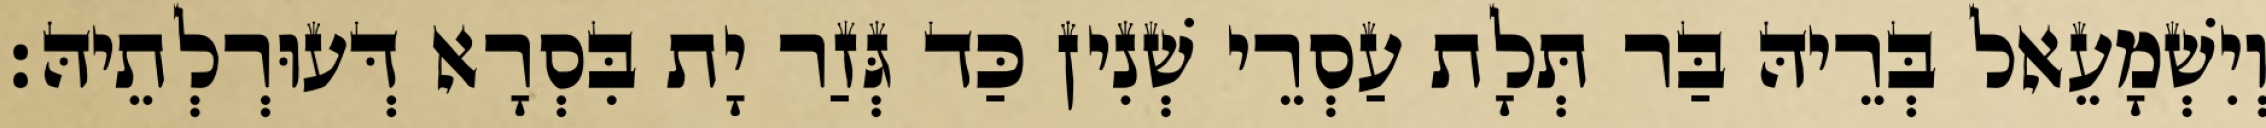
וְיִשְׁמָעֵאל בְּרֵיהּ בַּר תְּלָת עַסְרֵי שְׁנִין כַּד גְּזַר יָת בִּסְרָא דְּעוּרְלְתֵיהּ׃